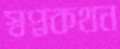
স্বপ্নকথন